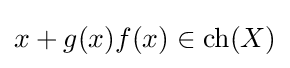
x+g(x)f(x)\in {\text{ch}}(X)